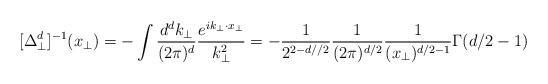
LaTeX: \begin{align*}[\Delta^d_\perp]^{-1}(x_\perp) = - \int \frac{d^dk_\perp}{(2\pi)^d}\frac{e^{i k_\perp \cdot x_\perp}}{k_\perp^2} = -\frac{1}{2^{2-d//2}}\frac{1}{(2 \pi)^{d/2}}\frac{1}{(x_\perp)^{d/2-1}} \Gamma(d/2 -1)\end{align*}